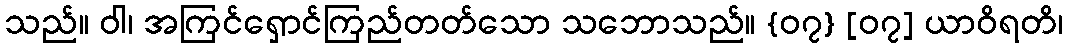
သည်။ ဝါ၊ အကြင်ရှောင်ကြည်တတ်သော သဘောသည်။ {၀၇} [၀၇] ယာဝိရတိ၊